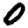
Digit: 0